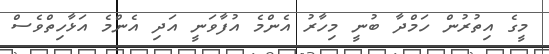
މީގެ އިތުރުން ހަމްދާ ބުނީ މިހާރު އެންމެ އުފާވަނީ އަދި އެންމެ އަޅާހިތްވެސް